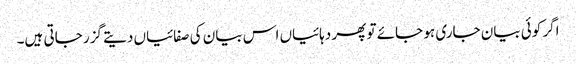
اگر کوئی بیان جاری ہو جائے تو پھر دہائیاں اس بیان کی صفائیاں دیتے گزر جاتی ہیں۔